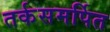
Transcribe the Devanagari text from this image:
तर्कसमर्पित